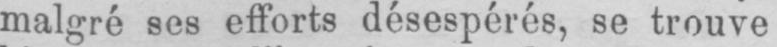
malgré ses efforts désespérés, se trouve